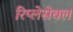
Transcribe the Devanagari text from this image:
रिप्लेसेबल